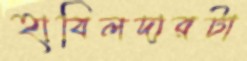
হাবিলদারটা